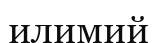
илимий